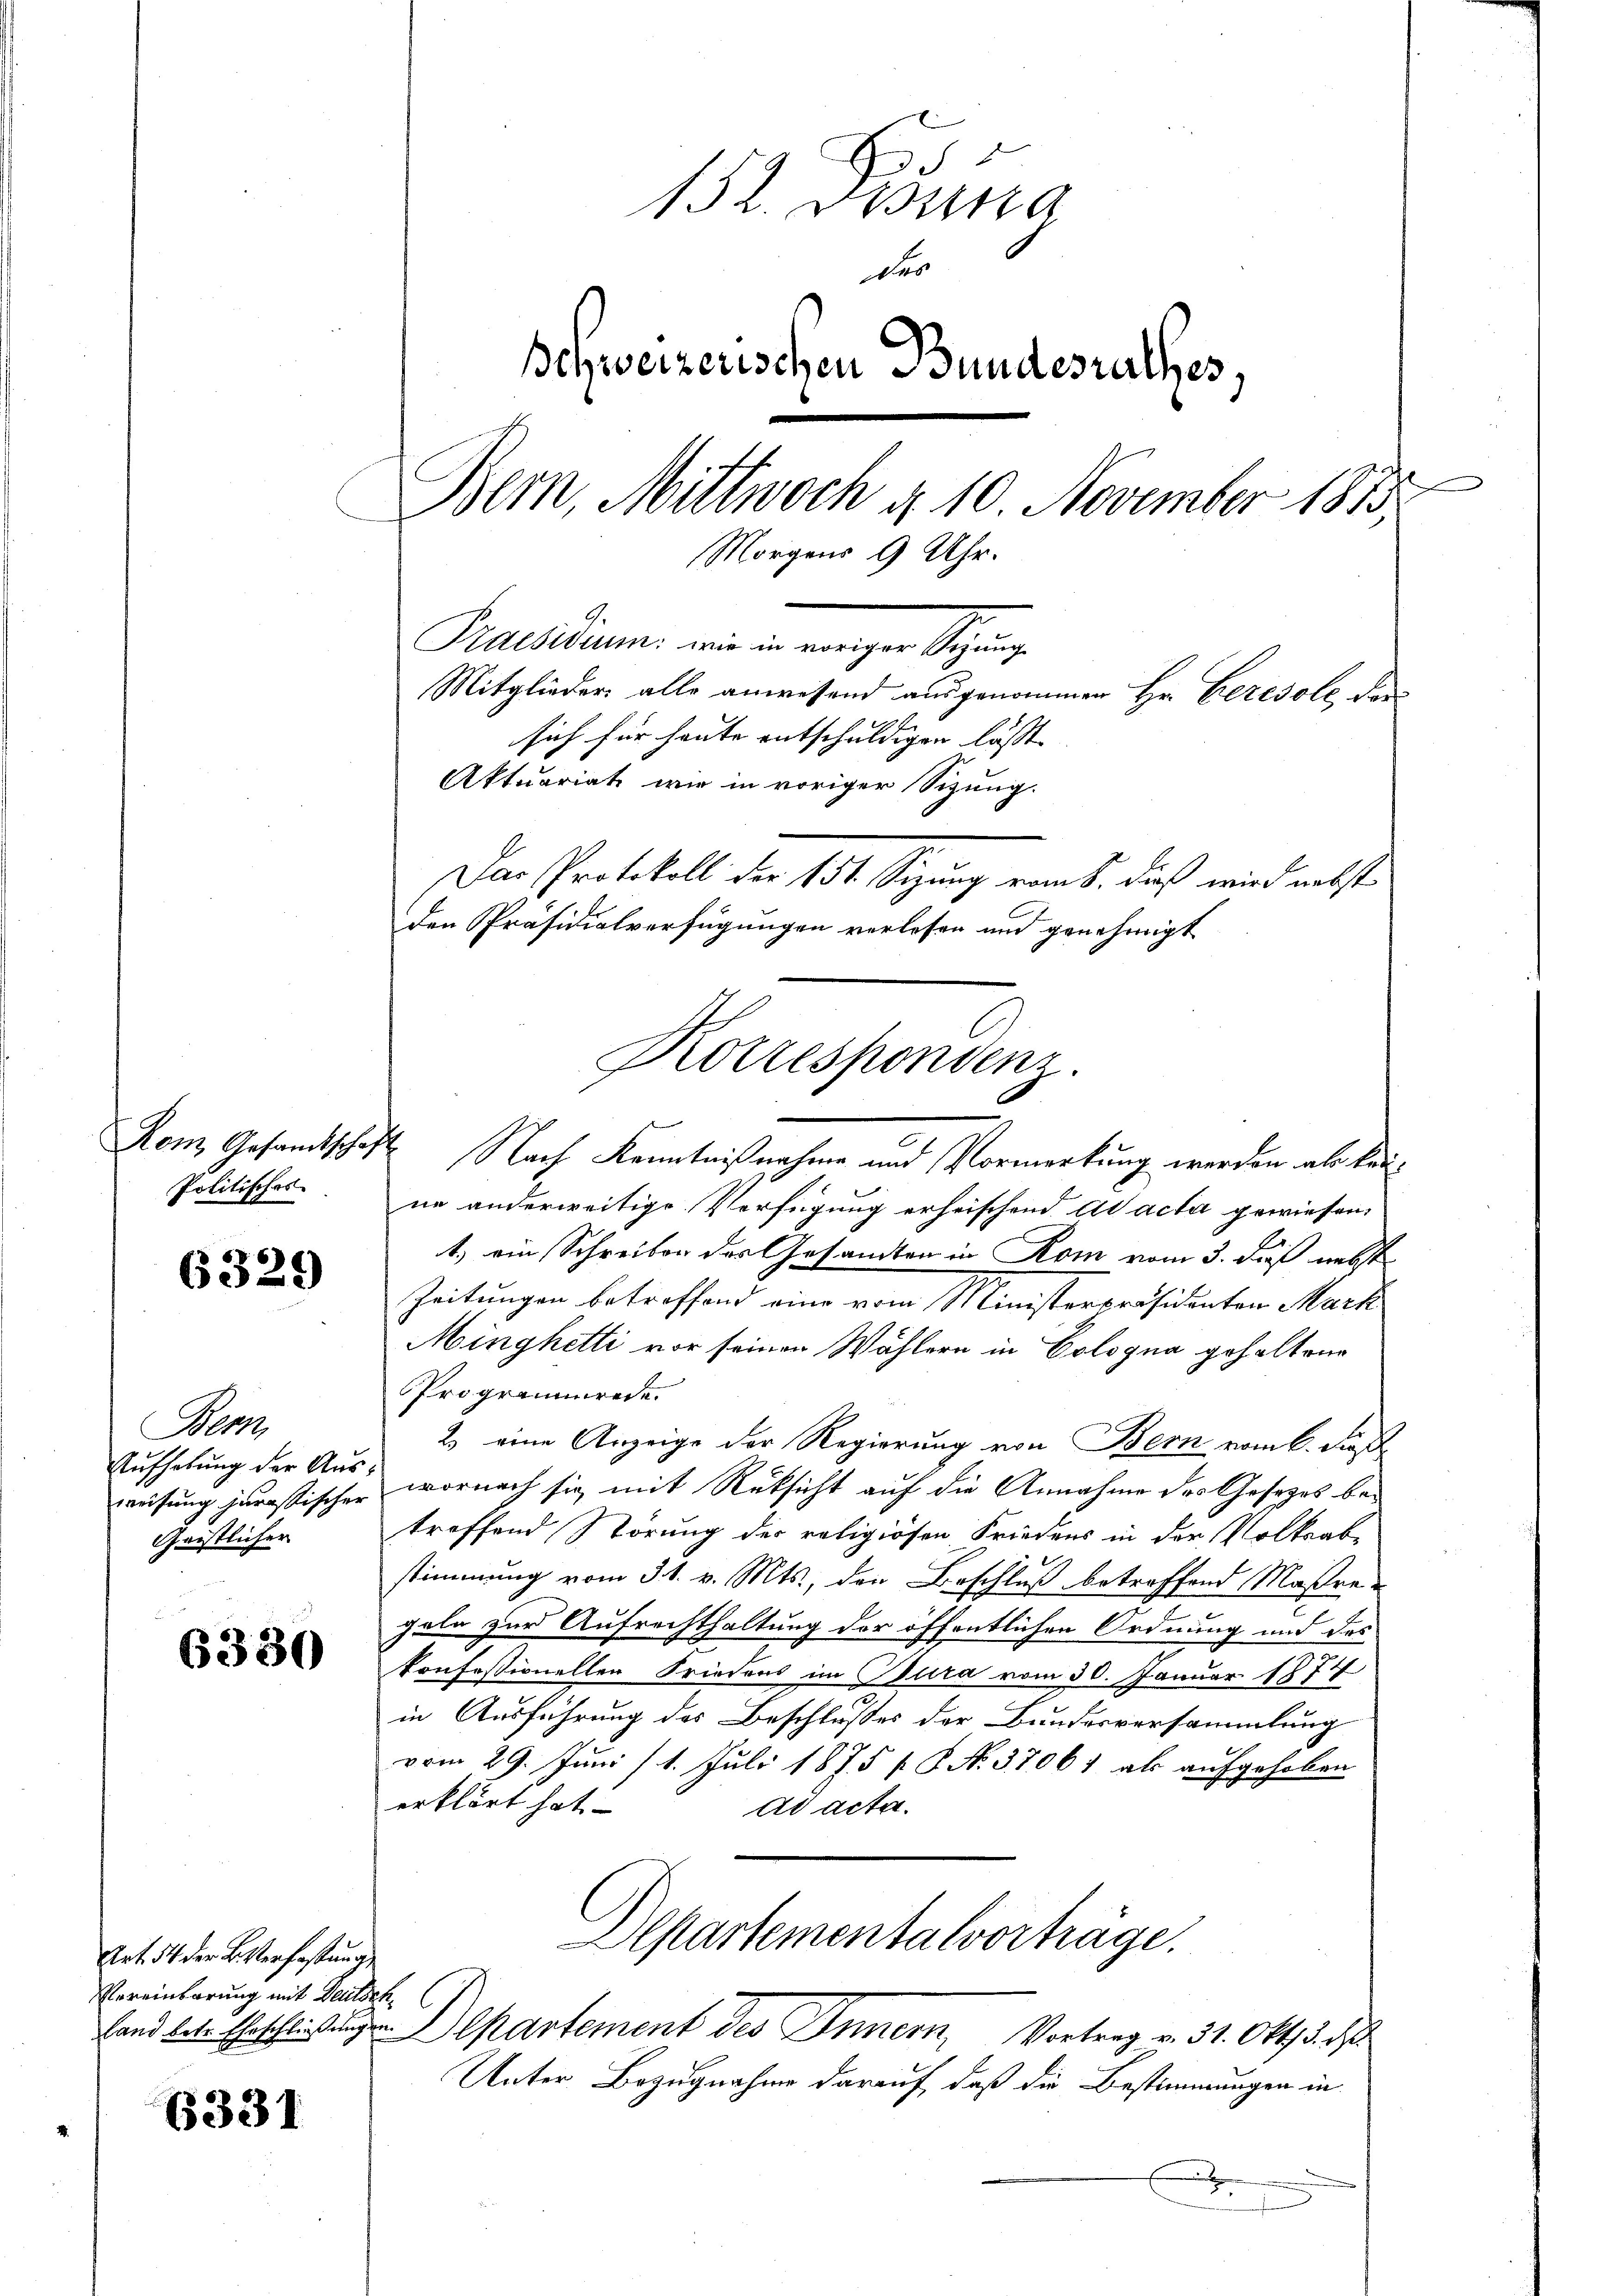
Politisches

6329)

Bern,
weisung jurastischer
Geistlicher

6330

Art. 54 der Verfaßung
Vereinbarung mit Deutsch

6331

d
152. Dessa
der
Ichweizerischen Bundesrathes,
Bern, Mittwoch d. 10. November 1873,
Morgens 9 Uhr.
Puchten, wie eingen Schurg
Mitglieder alle anwesend ausgenommen Hr. Beredole, der
sich für heute entschuldigen lässt
Aktuariat wie in voriger Sizung.
Das Protokoll der 151. Sizung vom 8. dieß wird nebst
den Präsidialverfügungen verlesen und genehmigt

Korrespondenz.

Ronz Gesandtschaft Nach Kenntnißnahme und Vormerkung werden als länne anderweitige Verfügung erheischend ad acta gewiesen,
1.) ein Schreiben des Gesandten in Rom vom 3. daß nebst
Zeitungen betroffend eine vom Ministerpräsidenten Mark
Minghetti vor seinen Wählern in Cologna gehaltene
Programmrede.
2. eine Anzeige der Regierung von Bern vom 6. dieß
Aufhebung der Aus wornach sie mit Rücksicht auf die Annahme des Gesezes betreffend Störung der religiösen Friedens in der Volksabstimmung vom 31. v. Mts., den Beschluß betreffend Maßregeln zur Aufrechthaltung der öffentlichen Ordnung und des
konfessioneller Friedens im Blira vom 30. Januar 1874
in Ausführung des Beschlußes der Bundesversammlung
vom 29. Juni / 1. Juli 1875 f. 8. No. 37067 als aufgehoben
erklärt hat.
ad acte.
Separtementalvorträge.
Land betr. Erschlige Departement des Innern, Vortrag v. 31. Okt. d. d
Unter Bezugnahme darauf, daß die Bestimmungen in
.